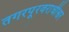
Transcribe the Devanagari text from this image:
तगरपूरवराधीश्वर